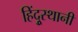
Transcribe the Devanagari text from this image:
हिंदूुस्थानी